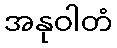
အနုဝါတံ